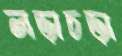
লড়াচড়া